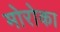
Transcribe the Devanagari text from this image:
मोरोका